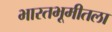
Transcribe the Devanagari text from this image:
भारतभूमीतला